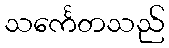
သင်္ကေတသည်